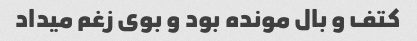
کتف و بال مونده بود و بوی زغم میداد